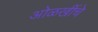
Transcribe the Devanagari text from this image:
ओळखींचे